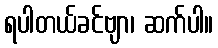
ရပါတယ်ခင်ဗျာ၊ ဆက်ပါ။